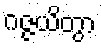
ဂဇ္ဇယိတွာ